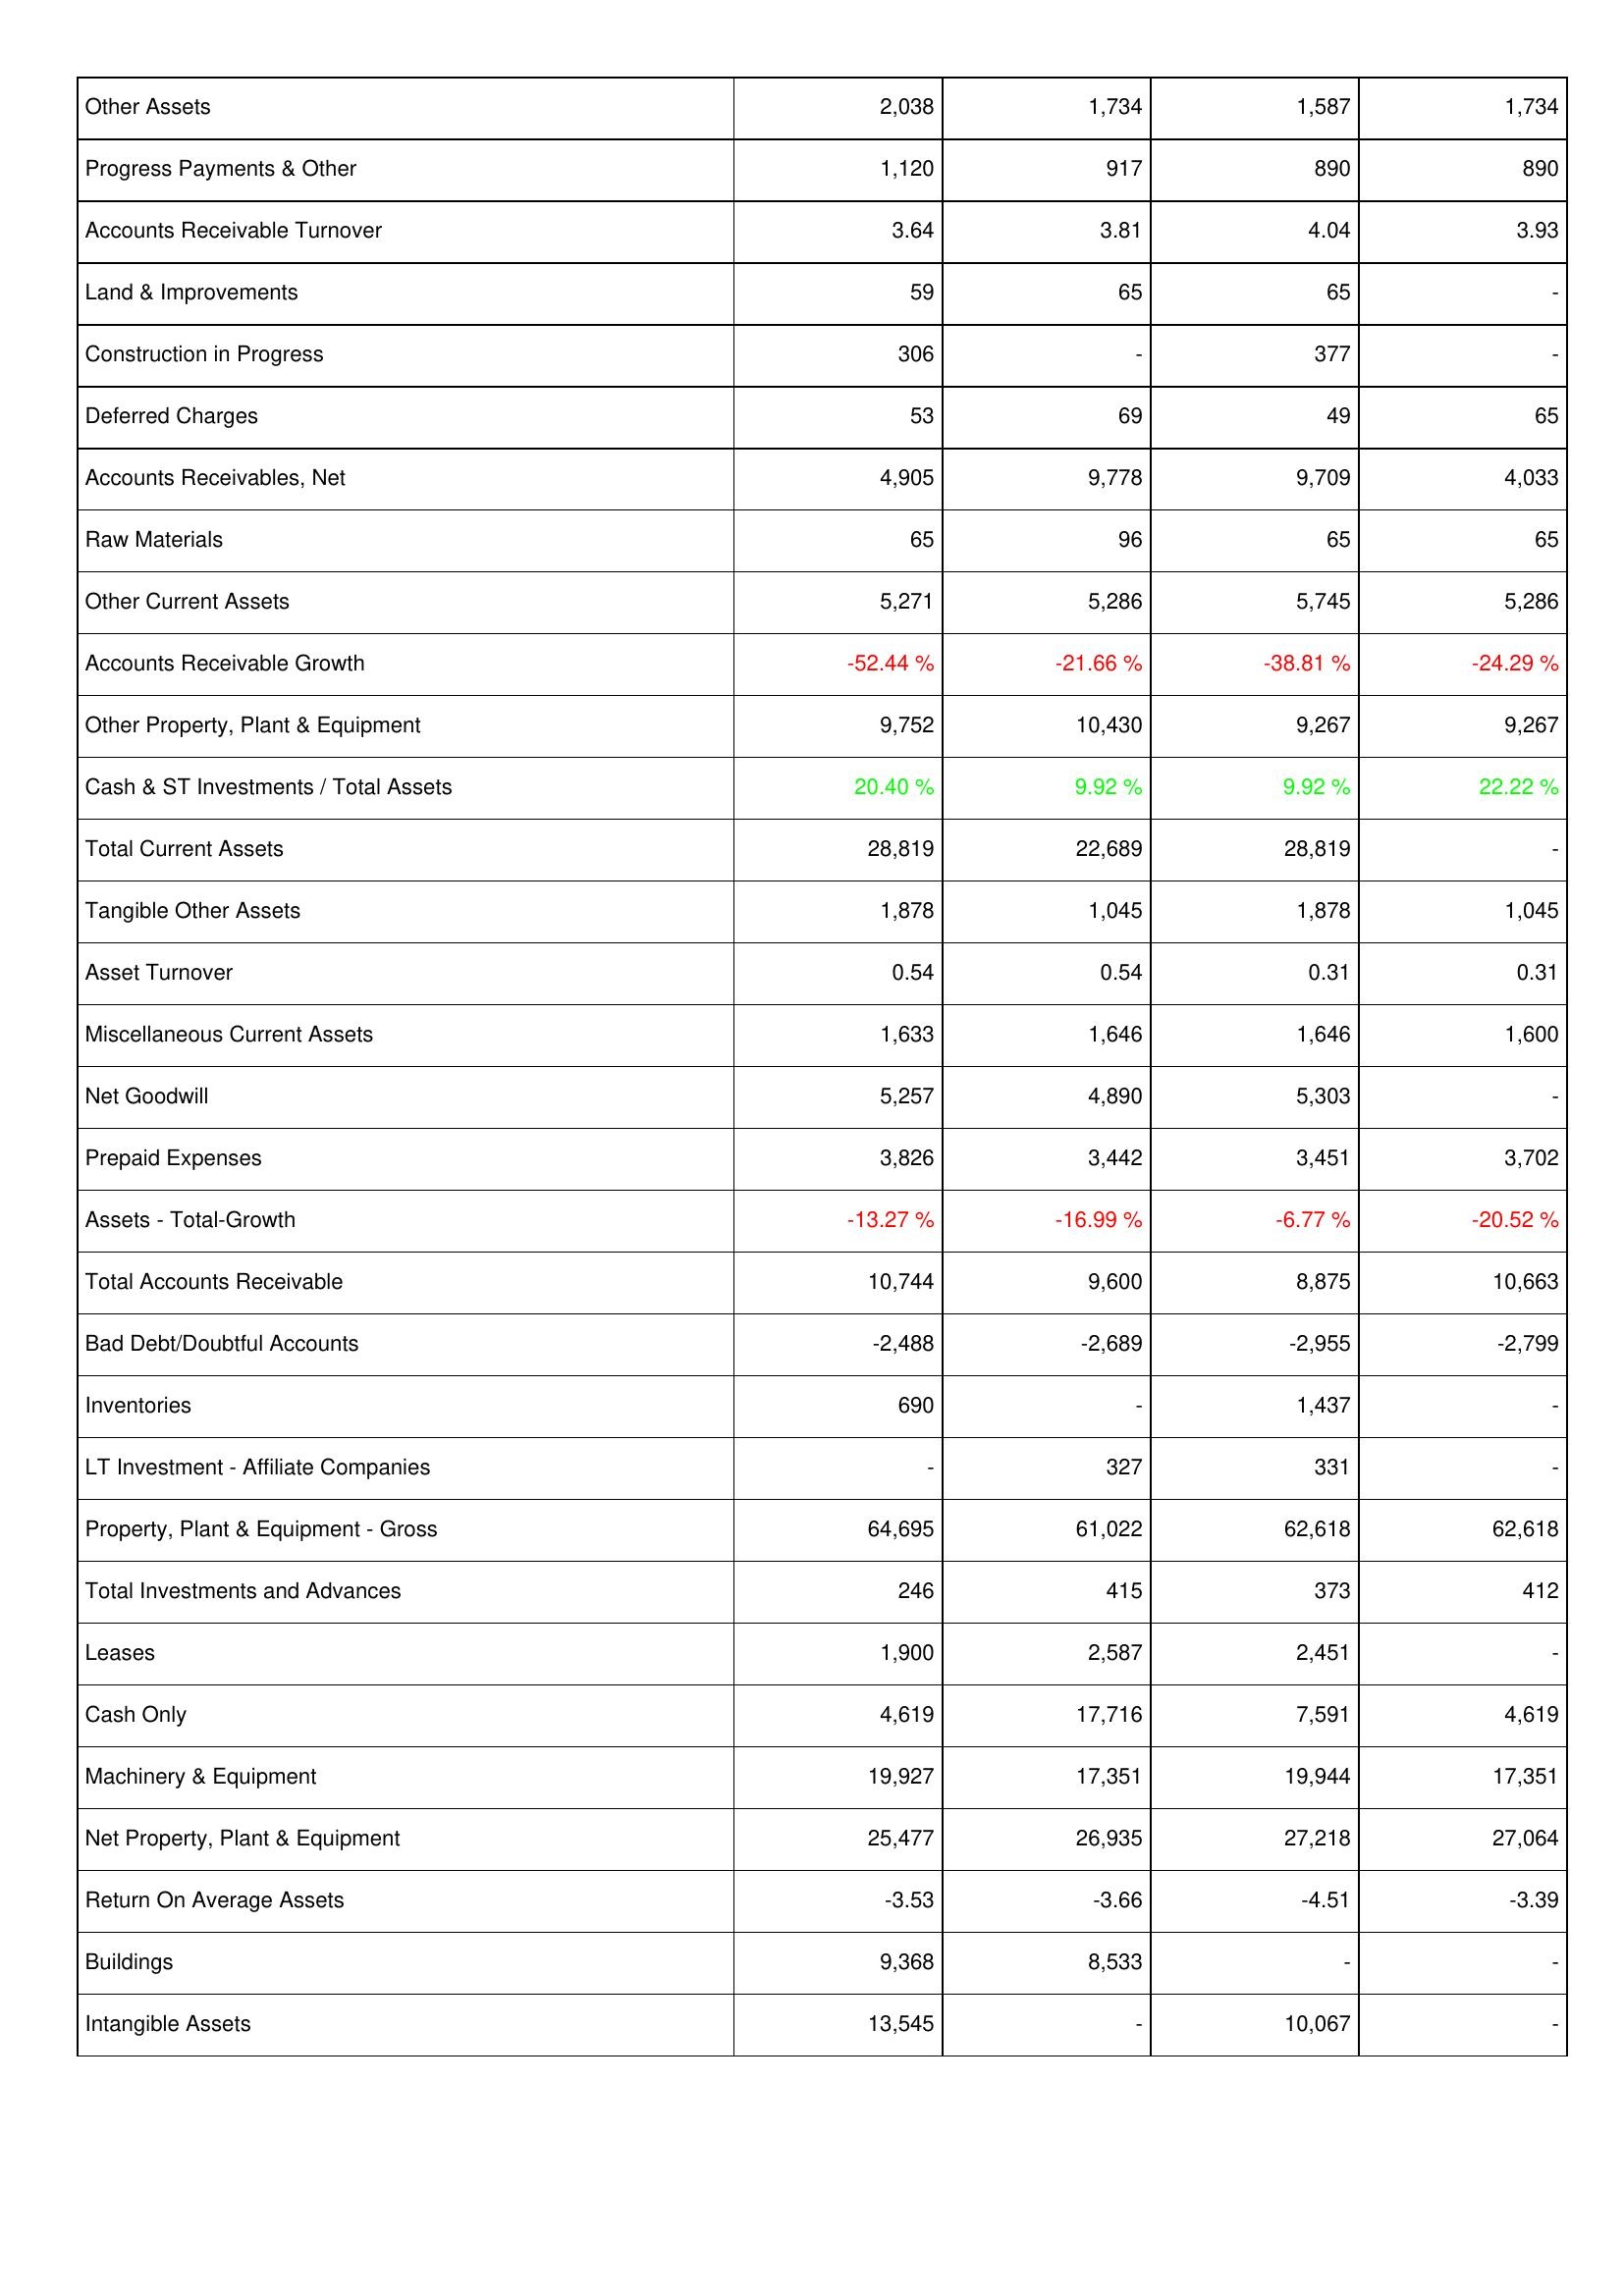
2019: Assets: Other Assets: 2,038
Progress Payments & Other: 1,120
Accounts Receivable Turnover: 3.64
Land & Improvements: 59
Construction in Progress: 306
Deferred Charges: 53
Accounts Receivables, Net: 4,905
Raw Materials: 65
Other Current Assets: 5,271
Accounts Receivable Growth: -52.44 %
Other Property, Plant & Equipment: 9,752
Cash & ST Investments / Total Assets: 20.40 %
Total Current Assets: 28,819
Tangible Other Assets: 1,878
Asset Turnover: 0.54
Miscellaneous Current Assets: 1,633
Net Goodwill: 5,257
Prepaid Expenses: 3,826
Assets - Total-Growth: -13.27 %
Total Accounts Receivable: 10,744
Bad Debt/Doubtful Accounts: -2,488
Inventories: 690
LT Investment - Affiliate Companies: -
Property, Plant & Equipment - Gross: 64,695
Total Investments and Advances: 246
Leases: 1,900
Cash Only: 4,619
Machinery & Equipment: 19,927
Net Property, Plant & Equipment: 25,477
Return On Average Assets: -3.53
Buildings: 9,368
Intangible Assets: 13,545
2018: Assets: Other Assets: 1,734
Progress Payments & Other: 917
Accounts Receivable Turnover: 3.81
Land & Improvements: 65
Construction in Progress: -
Deferred Charges: 69
Accounts Receivables, Net: 9,778
Raw Materials: 96
Other Current Assets: 5,286
Accounts Receivable Growth: -21.66 %
Other Property, Plant & Equipment: 10,430
Cash & ST Investments / Total Assets: 9.92 %
Total Current Assets: 22,689
Tangible Other Assets: 1,045
Asset Turnover: 0.54
Miscellaneous Current Assets: 1,646
Net Goodwill: 4,890
Prepaid Expenses: 3,442
Assets - Total-Growth: -16.99 %
Total Accounts Receivable: 9,600
Bad Debt/Doubtful Accounts: -2,689
Inventories: -
LT Investment - Affiliate Companies: 327
Property, Plant & Equipment - Gross: 61,022
Total Investments and Advances: 415
Leases: 2,587
Cash Only: 17,716
Machinery & Equipment: 17,351
Net Property, Plant & Equipment: 26,935
Return On Average Assets: -3.66
Buildings: 8,533
Intangible Assets: -
2017: Assets: Other Assets: 1,587
Progress Payments & Other: 890
Accounts Receivable Turnover: 4.04
Land & Improvements: 65
Construction in Progress: 377
Deferred Charges: 49
Accounts Receivables, Net: 9,709
Raw Materials: 65
Other Current Assets: 5,745
Accounts Receivable Growth: -38.81 %
Other Property, Plant & Equipment: 9,267
Cash & ST Investments / Total Assets: 9.92 %
Total Current Assets: 28,819
Tangible Other Assets: 1,878
Asset Turnover: 0.31
Miscellaneous Current Assets: 1,646
Net Goodwill: 5,303
Prepaid Expenses: 3,451
Assets - Total-Growth: -6.77 %
Total Accounts Receivable: 8,875
Bad Debt/Doubtful Accounts: -2,955
Inventories: 1,437
LT Investment - Affiliate Companies: 331
Property, Plant & Equipment - Gross: 62,618
Total Investments and Advances: 373
Leases: 2,451
Cash Only: 7,591
Machinery & Equipment: 19,944
Net Property, Plant & Equipment: 27,218
Return On Average Assets: -4.51
Buildings: -
Intangible Assets: 10,067
2016: Assets: Other Assets: 1,734
Progress Payments & Other: 890
Accounts Receivable Turnover: 3.93
Land & Improvements: -
Construction in Progress: -
Deferred Charges: 65
Accounts Receivables, Net: 4,033
Raw Materials: 65
Other Current Assets: 5,286
Accounts Receivable Growth: -24.29 %
Other Property, Plant & Equipment: 9,267
Cash & ST Investments / Total Assets: 22.22 %
Total Current Assets: -
Tangible Other Assets: 1,045
Asset Turnover: 0.31
Miscellaneous Current Assets: 1,600
Net Goodwill: -
Prepaid Expenses: 3,702
Assets - Total-Growth: -20.52 %
Total Accounts Receivable: 10,663
Bad Debt/Doubtful Accounts: -2,799
Inventories: -
LT Investment - Affiliate Companies: -
Property, Plant & Equipment - Gross: 62,618
Total Investments and Advances: 412
Leases: -
Cash Only: 4,619
Machinery & Equipment: 17,351
Net Property, Plant & Equipment: 27,064
Return On Average Assets: -3.39
Buildings: -
Intangible Assets: -